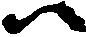
尉